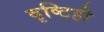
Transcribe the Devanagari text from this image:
दृष्टिही